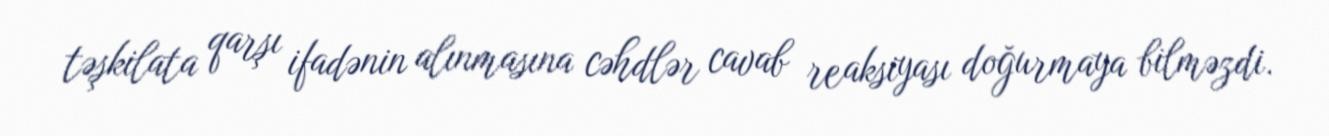
təşkilata qarşı ifadənin alınmasına cəhdlər cavab reaksiyası doğurmaya bilməzdi.